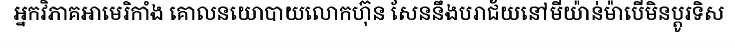
អ្នកវិភាគអាមេរិកាំង គោលនយោបាយលោកហ៊ុន សែននឹងបរាជ័យនៅមីយ៉ាន់ម៉ាបើមិនប្តូរទិស